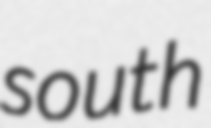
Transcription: south